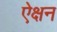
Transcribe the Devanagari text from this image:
ऐक्षन